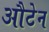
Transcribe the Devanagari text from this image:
औटेन